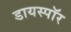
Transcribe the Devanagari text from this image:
डायस्पॉर